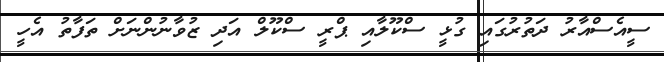
ސީއެސްއާރު ދަތުރުގައި ގުޅީ ސްކޫލާއި ޕްރީ ސްކޫލް އަދި ޒުވާނުންނަށް ތަފާތު އެހީ